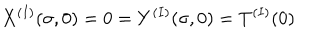
LaTeX: X ^ { ( I ) } ( \sigma , 0 ) = 0 = Y ^ { ( I ) } ( \sigma , 0 ) = T ^ { ( I ) } ( 0 )